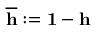
\overline { { { \bf h } } } : = { \bf 1 } - { \bf h }